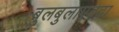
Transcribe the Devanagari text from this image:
बुलबुलाएवढा